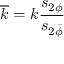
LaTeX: \overline { { k } } = k \frac { s _ { 2 \phi } } { s _ { 2 \bar { \phi } } }